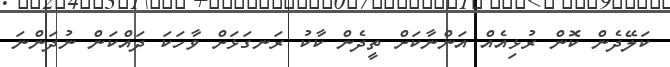
ކަލޭދެން ކޮން ރުޅިއެއް އަންނާކަށް ތީދެން ކާކު ރަނގަޅަށް ވާހަކަ ދައްކަން ނުދަންނަ